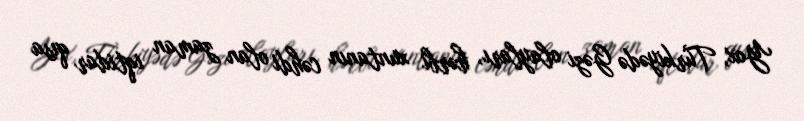
Yox, Türkiyədə Gəzi olayları, hərbi xuntanın cəhdi olan zaman iqtidar qısa